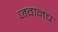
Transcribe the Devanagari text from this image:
जवानच